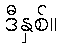
ဒီနှစ်။